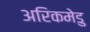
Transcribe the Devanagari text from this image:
अरिकमेडु